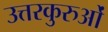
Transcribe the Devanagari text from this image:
उत्तरकुरुओं